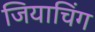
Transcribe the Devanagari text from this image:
जियाचिंग